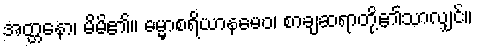
အတ္တနော၊ မိမိ၏။ ဓမ္မာစရိယာနမေဝ၊ စာချဆရာတို့၏သာလျှင်။